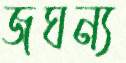
জঘন্য